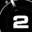
Digit: 2